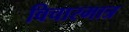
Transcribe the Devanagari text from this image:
विचारमात्र